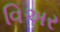
વિઅર